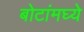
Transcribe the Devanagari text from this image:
बोटांमघ्ये